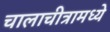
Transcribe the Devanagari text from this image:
चालाचीत्रामध्ये